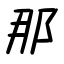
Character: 那